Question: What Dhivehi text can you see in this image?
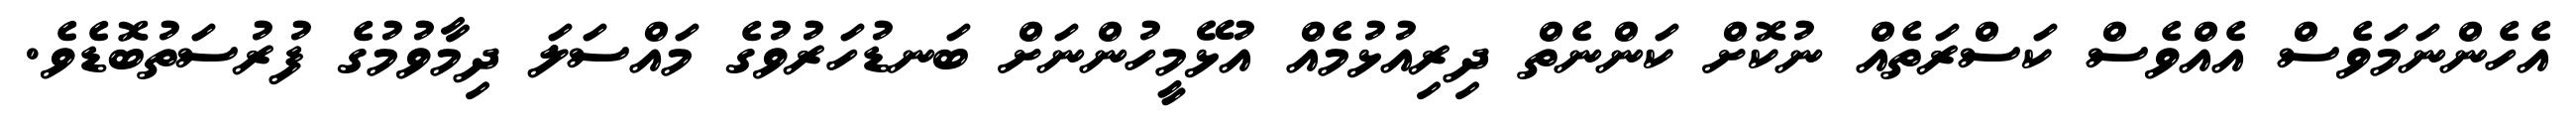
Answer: އެހެންނަމަވެސް އެއްވެސް ކަސްރަތެއް ނުކޮށް ކަންނެތް ދިރިއުޅުމެއް އުޅޭމީހުންނަށް ބަނޑުހަރުވުގެ މައްސަލަ ދިމާވުމުގެ ފުރުސަތުބޮޑެވެ.